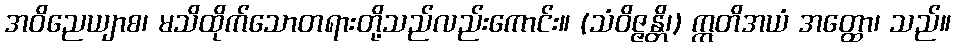
အဝိညေယျာစ၊ မသိထိုက်သောတရားတို့သည်လည်းကောင်း။ (သံဝိဇ္ဇန္တိ၊) ဣတိအယံ အတ္ထော၊ သည်။